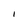
Character: I